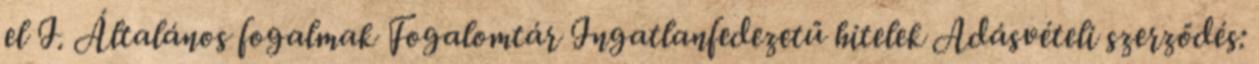
el I. Általános fogalmak Fogalomtár Ingatlanfedezetű hitelek Adásvételi szerződés: